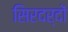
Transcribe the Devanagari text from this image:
सिरदर्दों